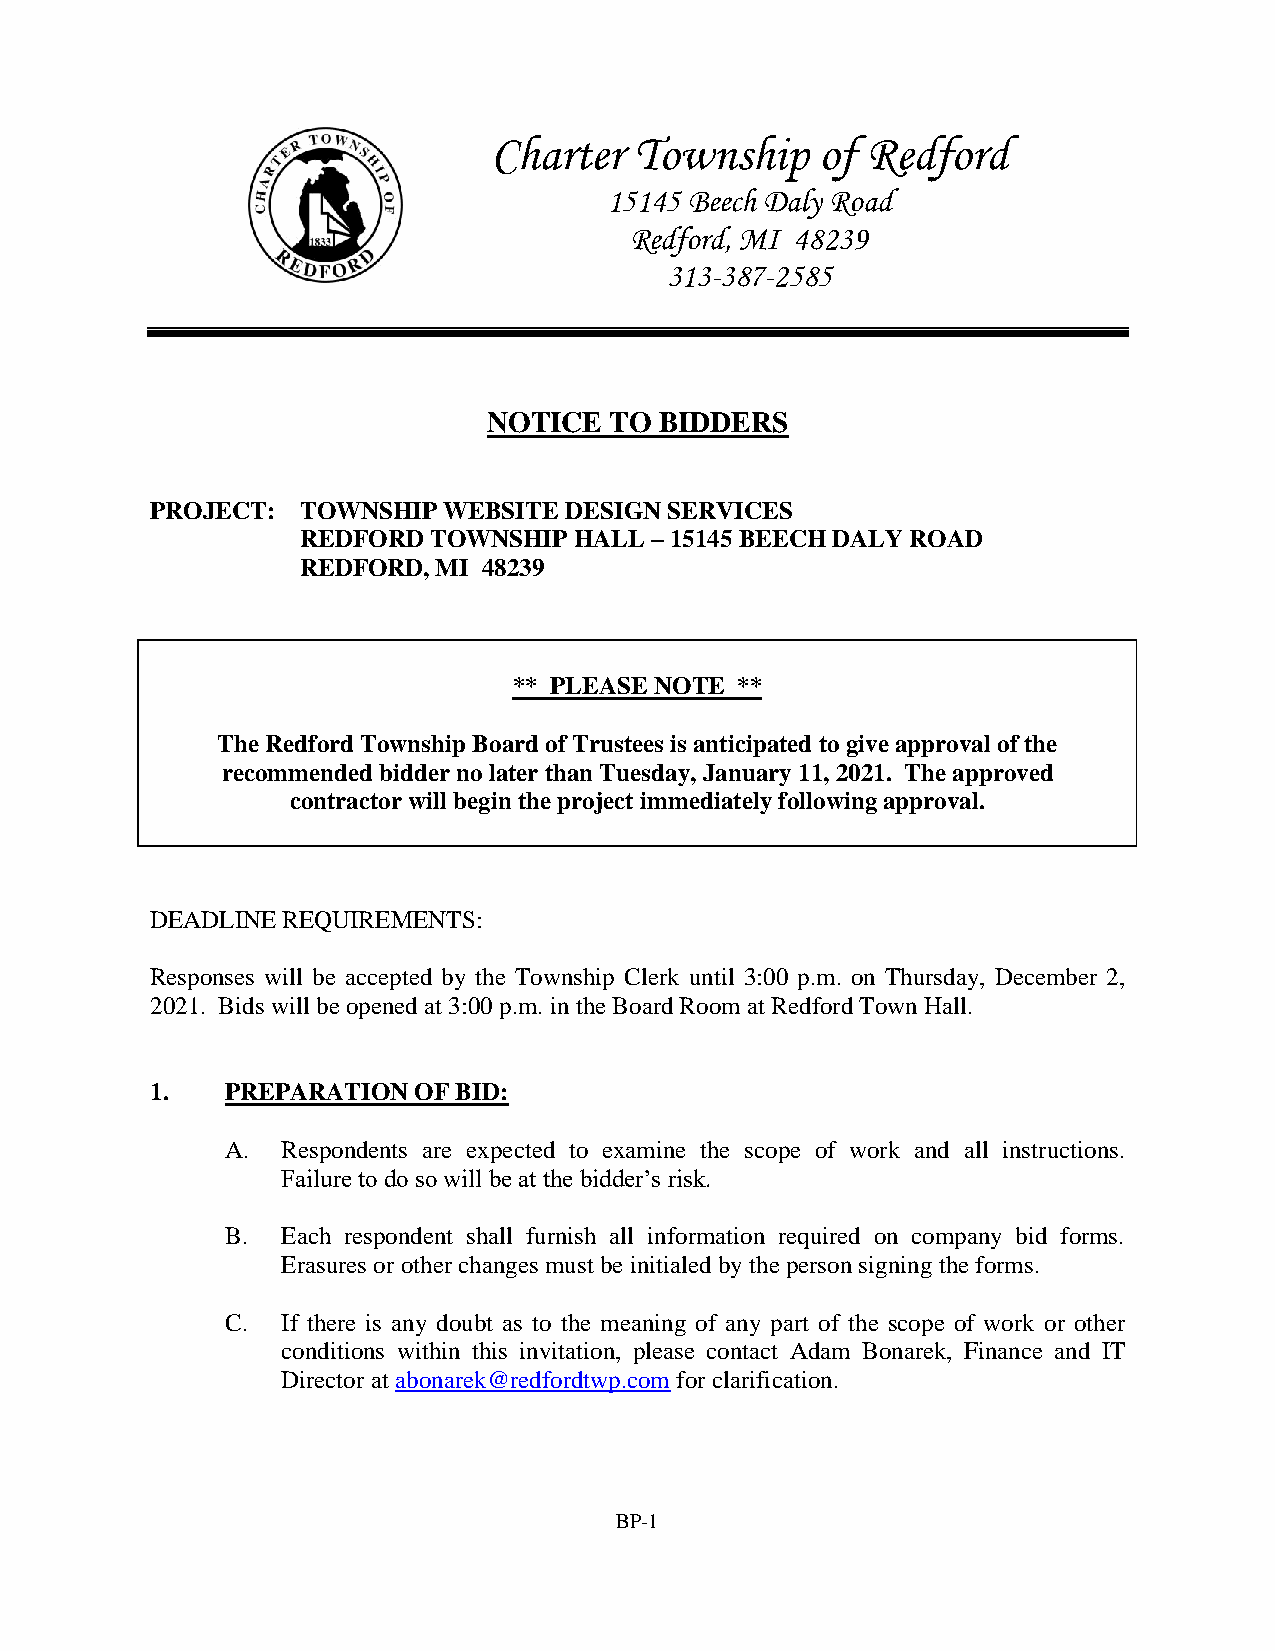
Charter   Township    of Redford
 15145 Beech Daly Road
 Redford, MI 48239
 313-387-2585
 NOTICE  TO  BIDDERS
 PROJECT:  TOWNSHIP WEBSITE DESIGN SERVICES
 REDFORD TOWNSHIP  HALL – 15145 BEECH DALY ROAD
 REDFORD, MI 48239
 ** PLEASE NOTE **
 The Redford Township Board of Trustees is anticipated to give approval of the
 recommended bidder no later than Tuesday, January 11, 2021. The approved
 contractor will begin the project immediately following approval.
 DEADLINE REQUIREMENTS:
 Responses will be accepted by the Township Clerk until 3:00 p.m. on Thursday, December 2,
 2021. Bids will be opened at 3:00 p.m. in the Board Room at Redford Town Hall.
 1.   PREPARATION OF BID:
 A.  Respondents are expected to examine the scope of work and all instructions.
 Failure to do so will be at the bidder’s risk.
 B.  Each respondent shall furnish all information required on company bid forms.
 Erasures or other changes must be initialed by the person signing the forms.
 C.  If there is any doubt as to the meaning of any part of the scope of work or other
 conditions within this invitation, please contact Adam Bonarek, Finance and IT
 Director at abonarek@redfordtwp.com for clarification.
 BP-1